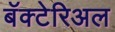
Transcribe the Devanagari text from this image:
बॅक्टेरिअल